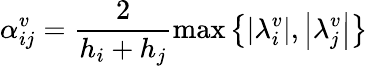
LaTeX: \alpha_{ij}^{v}=\frac{2}{h_{i}+h_{j}}\operatorname*{max}\left\lbrace\left|\lambda_{i}^{v}\right|,\left|\lambda_{j}^{v}\right|\right\rbrace